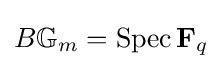
B\mathbb {G} _{m}=\operatorname {Spec} \mathbf {F} _{q}